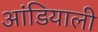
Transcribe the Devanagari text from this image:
आंडियाली